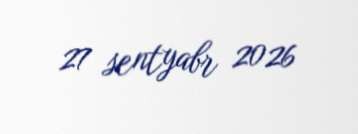
27 sentyabr 2026